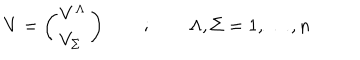
LaTeX: V = \left( \begin{array} { c } { { V ^ { \Lambda } } } \\ { { V _ { \Sigma } \ } } \\ \end{array} \right) \quad \quad ; \quad \quad \Lambda , \Sigma = 1 , \dots , n